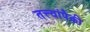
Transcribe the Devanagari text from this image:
तत्त्वांपैकी